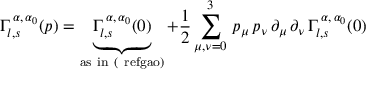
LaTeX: \Gamma _ { l , s } ^ { \, \alpha , \, \alpha _ { 0 } } ( p ) = \underbrace { \Gamma _ { l , s } ^ { \, \alpha , \, \alpha _ { 0 } } ( 0 ) } _ { \mathrm { { a s \ i n \ ( \ r e f { g a o } } ) } } + \frac { 1 } { 2 } \sum _ { \mu , \nu = 0 } ^ { 3 } \, p _ { \mu } \, p _ { \nu } \, \partial _ { \mu } \, \partial _ { \nu } \, \Gamma _ { l , s } ^ { \, \alpha , \, \alpha _ { 0 } } ( 0 )